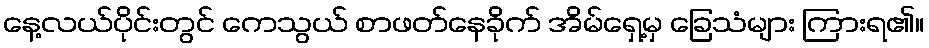
နေ့လယ်ပိုင်းတွင် ကေသွယ် စာဖတ်နေခိုက် အိမ်ရှေ့မှ ခြေသံများ ကြားရ၏။